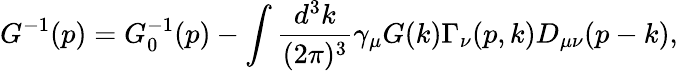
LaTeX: G^{-1}(p)=G_{0}^{-1}(p)-\int\frac{d^{3}k}{(2\pi)^{3}}\gamma_{\mu}G(k)\Gamma_{\nu}(p,k)D_{\mu\nu}(p-k),